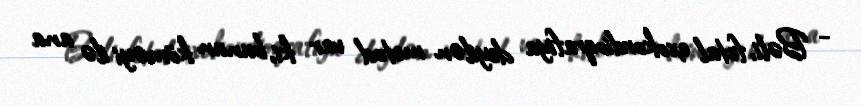
- Bəli, fetal exokordioqrafiya deyilən metod var ki, bunun köməyi ilə ana